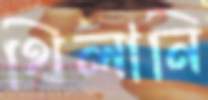
থিলানি